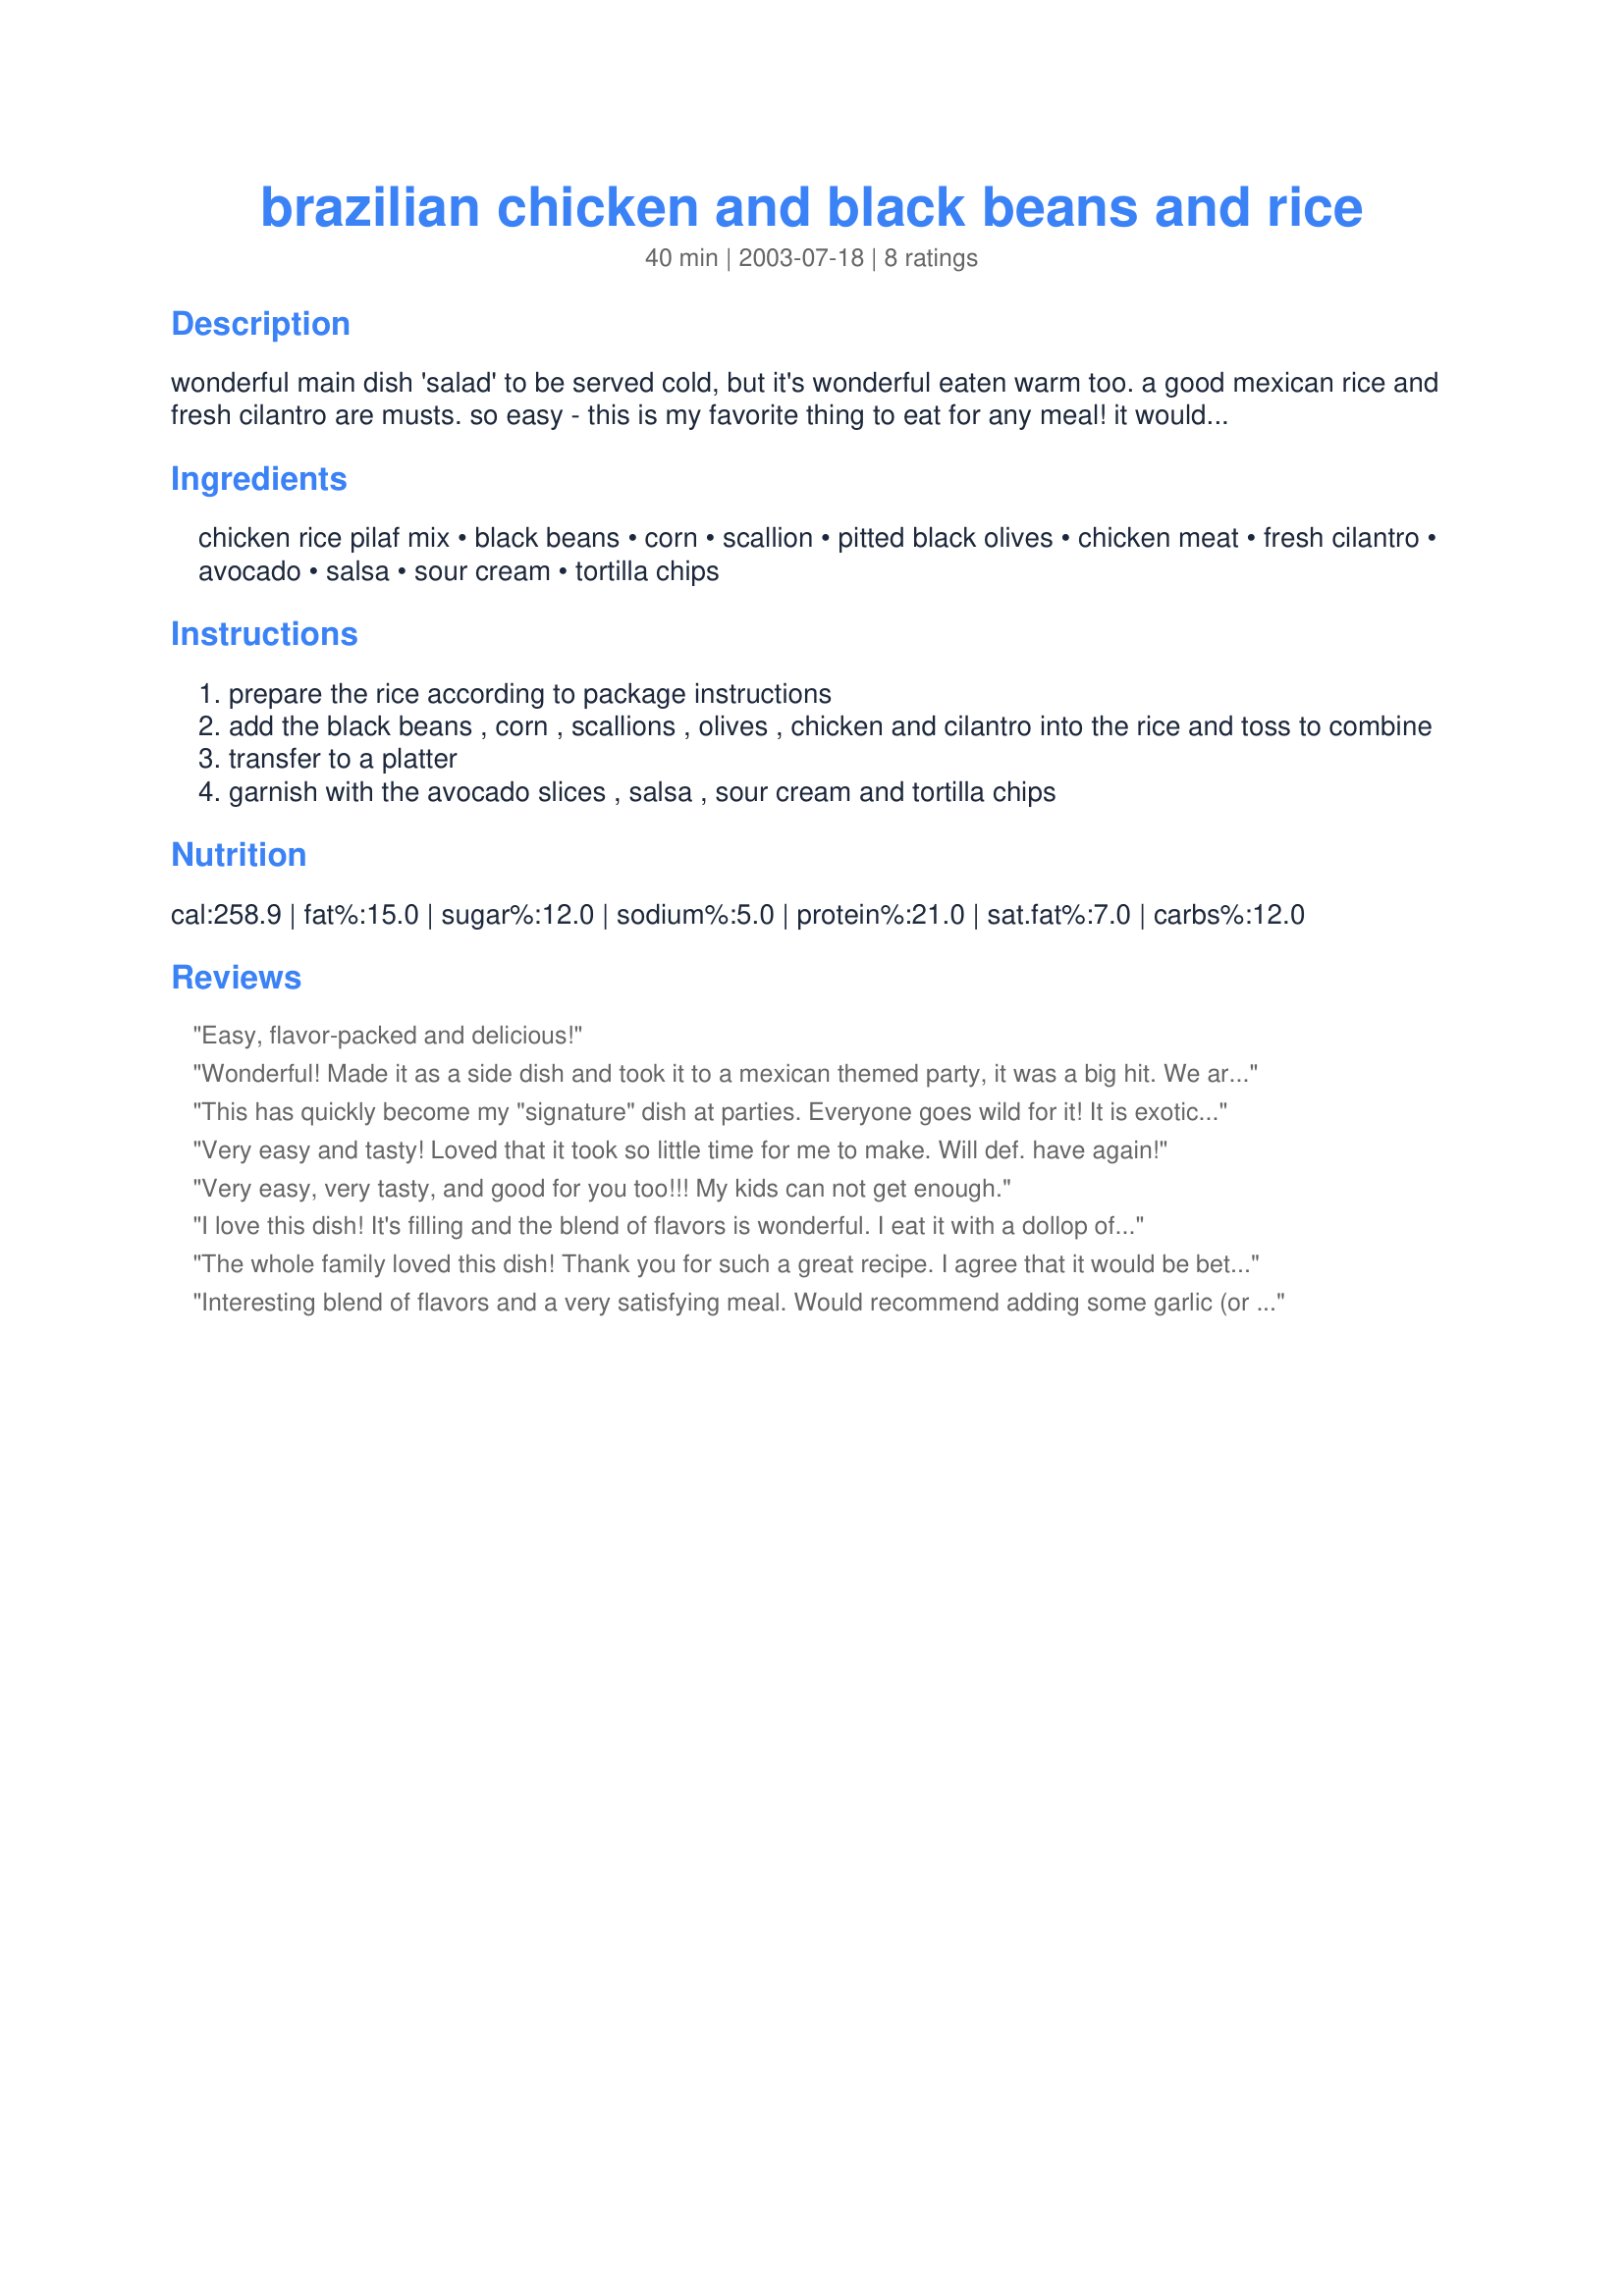
brazilian chicken and black beans and rice
Preparation time: 40 minutes

wonderful main dish 'salad' to be served cold, but it's wonderful eaten warm too. a good mexican rice and fresh cilantro are musts. so easy - this is my favorite thing to eat for any meal! it would be good for a side dish (omitting the chicken in lieu of grilled chicken) or can be adapted for a vegetarian diet.

Ingredients:
chicken rice pilaf mix, black beans, corn, scallion, pitted black olives, chicken meat, fresh cilantro, avocado, salsa, sour cream, tortilla chips

Steps:
prepare the rice according to package instructions
add the black beans , corn , scallions , olives , chicken and cilantro into the rice and toss to combine
transfer to a platter
garnish with the avocado slices , salsa , sour cream and tortilla chips

Reviews:
Easy, flavor-packed and delicious!
Wonderful! Made it as a side dish and took it to a mexican themed party, it was a big hit. We are having the left overs tonight- thanks!
This has quickly become my "signature" dish at parties. Everyone goes wild for it! It is exotic, tasty and easy. Two thumbs up!
Very easy and tasty! Loved that it took so little time for me to make. Will def. have again!
Very easy, very tasty, and good for you too!!! My kids can not get enough.
I love this dish! It's filling and the blend of flavors is wonderful. I eat it with a dollop of sour cream and several dashes of Frank's Red Hot sauce on top. Mm-mmmm!
The whole family loved this dish! Thank you for such a great recipe. I agree that it would be better to cook the meat in some sort of seasonings for more flavor, but other than that I thought it was perfect.
Interesting blend of flavors and a very satisfying meal. Would recommend adding some garlic (or other spices to your preference) to cook the chicken in to add some flavor to the meat, since it didn't pick up much from the other ingredients.
